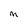
Character: M